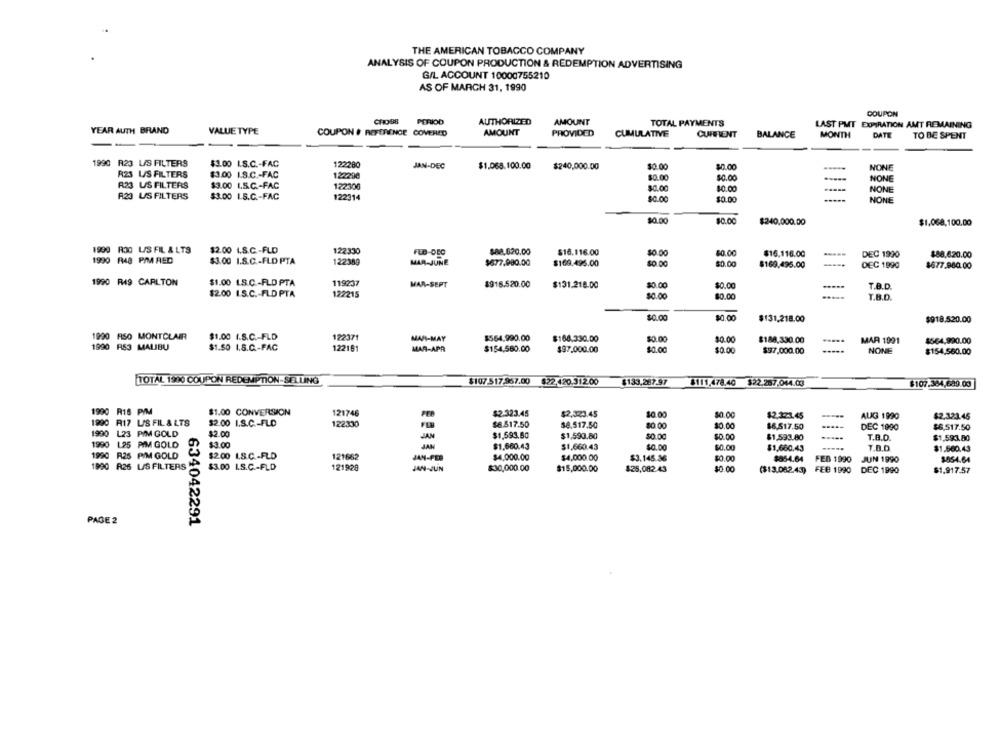
THE AMERICAN TOBACCO COMPANY
ANALYSIS OF COUPON PRODUCTION & REDEMPTION ADVERTISING
G/L ACCOUNT 10000755210
AS OF MARCH 31, 1990
COUPON
PERIOD
AUTHORIZED
AMOUNT
TOTAL PAYMENTS
LAST PMT EXPIRATION AMT REMAINING
YEAR AUTH BRAND
VALUE TYPE
COUPON # REFERENCE COVERED
AMOUNT
PROVIDED
CUMULATIVE
CURRENT
BALANCE
MONTH
DATE
TO BE SPENT
1990 R23 L/S FILTERS
$3.00 I.S.C .- FAC
122280
JAN-DEC
$1.068.100.00
$240,000.00
$0.00
20.00
NONE
R23 U/S FILTERS
$3.00 I.S.C .- FAC
122290
$0.00
$0.00
NONE
A23 US FILTERS
$3.00 L.S.C .- FAC
122306
$0.00
$0.00
NONE
A23 US FILTERS
$3.00 I.S.C .- FAC
122314
$0.00
$0.00
NONE
$0.00
$0.00
$240,000.00
$1.068,100.00
1999 R30 L/S FIL & LTS
$2.00 1.8.C-FLD
122330
FED-DEC
$88.620.00
$16.116.00
$0.00
40.00
$16.116.00
DEC 1990
$88.620.00
1990 R48 PMM RED
$3.00 I.S.C .- FLD PTA
122389
MAR-JUNE
$677,900.00
$169.495.00
$0.00
$0.00
----
$169,495.00
DEC 1990
$677.980.00
1990 R49 CARLTON
$1.00 LS.C .- FLD PTA
119237
MAR-SEPT
$918.520.00
$131.218.00
$0.00
$0.00
T.B.D.
$2.00 I.S.C .- FLD PTA
122215
$0.00
$0.00
T.B.D.
$0.00
$131,218.00
$918.520.00
1990 ASO MONTCLAIR
$1.00 I.S.C .- FLD
122371
MAR-MAY
$564.990.00
$164.330.00
$0.00
$0.00
1990 RS3 MALIBU
$188,330.00
MAR 1991
$564,990.00
$1.50 1.5.0-FAC
12216
MAR-APR
$154.560.00
$97,000.00
$0.00
$0.00
$97,000.00
.....
NONE
$154.560.00
TOTAL 1900 COUPON REDEMPTION-SELLING
$107.517.957.00
$22.420.312.00
$133,267.97
$107.384,689.00
$111,478.40 $22.287.044.03
1990 R18 P/M
$1.00 CONVERSION
121746
$2.323.45
$2,323.45
10.00
$0.00
$2.371.45
AUG 1990
$2.323.45
1990 R17 L/S FIL & LTS
$2.00 I.S.C .- FLD
1223:30
$6.517.50
$8,517.50
$0.00
$0.00
$6,517.50
DEC 1990
$6,517.50
1990 L23 PIM GOLD
$2.00
JAN
$1,593.50
$1,593.80
$0.00
$0.00
$1.593.80
-----
T.B.D.
$1.593.80
1990 125 PIM GOLD
$3.00
JAN
$1.660.43
$1,660.43
$0.00
$0.00
$1,660.43
7.O.D
$1.660,43
1990 R25 PIM GOLD
$2.00 1.8.C .- FLD
121662
JAN-FEB
$4,000.00
$4,000.00
$3.145.36
$0.00
$854.64
FEB 1990
JUN 1990
1990 R26 L/S FILTERS
121928
$854.64
$3.00 L.S.C .- FLD
$30,000.00
$15,000.00
$25,082.43
$0 00
($13.082.43)
FEB 1990
DEC 1990
$1.917.57
PAGE 2
634042291